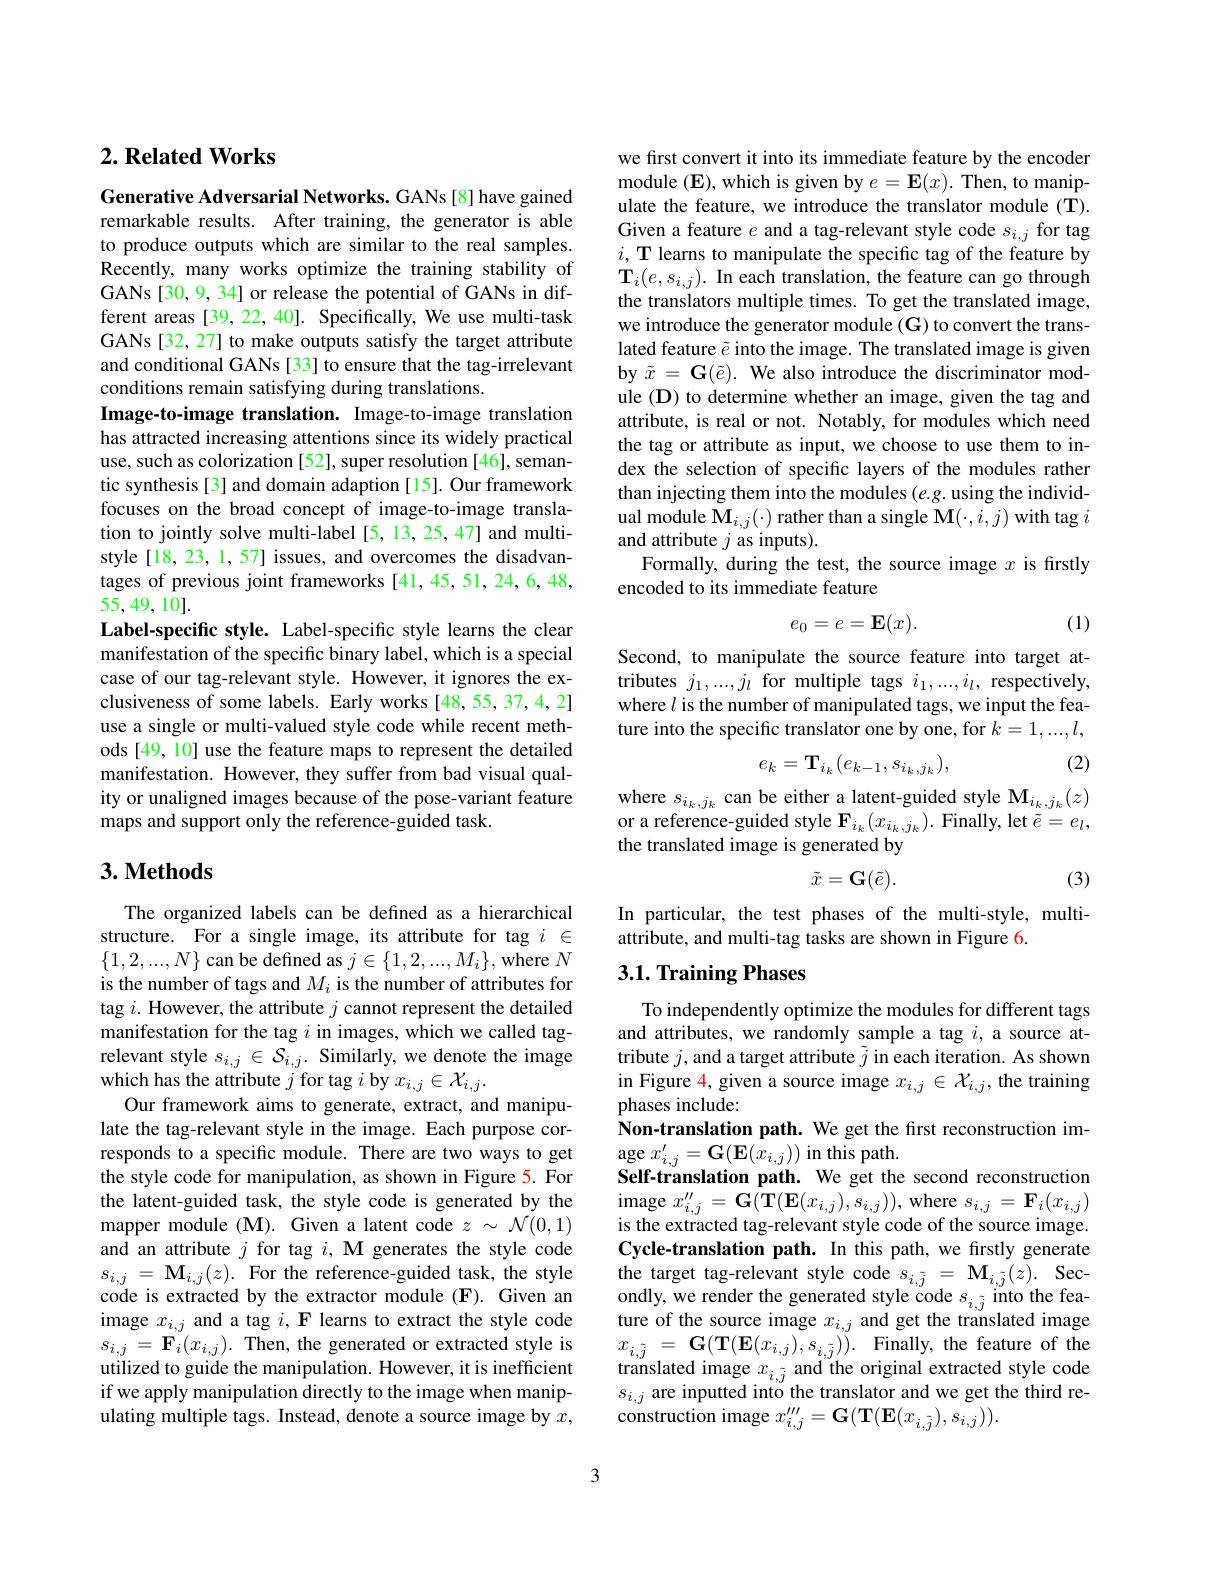
### $2. \textbf{Related Works}$

Generative Adversarial Networks. GANs [8] have gained remarkable results. After training, the generator is able to produce outputs which are similar to the real samples. Recently, many works optimize the training stability of GANs[30, 9, 34] or release the potential of GANs in different areas [39, 22, 40]. Specifically, We use multi-task GANs [32, 27] to make outputs satisfy the target attribute and conditional GANs [33] to ensure that the tag-irrelevant conditions remain satisfying during translations.
Image-to-image translation. Image-to-image translation has attracted increasing attentions since its widely practical use, such as colorization [52], super resolution [46], semantic synthesis[3] and domain adaption[15]. Our framework focuses on the broad concept of image-to-image translation to jointly solve multi-label [5,13,25,47] and multistyle [18,23,1,57] issues, and overcomes the disadvantages of previous joint frameworks [41,45,51,24,6,48, 55,49,10].
Label-specific style. Label-specific style learns the clear manifestation of the specific binary label, which is a special case of our tag-relevant style. However, it ignores the exclusiveness of some labels. Early works [48,55,37,4,2] use a single or multi-valued style code while recent methods [49, 10] use the feature maps to represent the detailed manifestation. However, they suffer from bad visual quality or unaligned images because of the pose-variant feature maps and support only the reference-guided task.

### $3. \textbf{Methods}$

The organized labels can be defined as a hierarchical structure. For a single image, its attribute for tag $i\in$ $\{1,2,...,N\}$ can be defined as $j\in\{1,2,...,M_i\}$, where $N$ is the number of tags and $M_i$ is the number of attributes for tag $i.$ However, the attribute $j$ cannot represent the detailed manifestation for the tag $i$ in images, which we called tagrelevant style $s_i,j\in\mathcal{S}_{i,j}.$ Similarly, we denote the image which has the attribute $j$ for tag $i$ by $x_i,j\in\mathcal{X}_i,j.$
Our framework aims to generate, extract, and manipulate the tag-relevant style in the image. Each purpose corresponds to a specific module. There are two ways to get the style code for manipulation, as shown in Figure 5. For the latent-guided task, the style code is generated by the mapper module (M). Given a latent code $z\sim\mathcal{N}(0,1)$ and an attribute $j$ for tag $i, \textbf{M generates the style code}$ $s_{i,j}=\mathbf{M}_{i,j}(z).$ For the reference-guided task, the style code is extracted by the extractor module (F). Given an image $x_{i,j}$ and a tag $i, \textbf{F learns to extract the style code}$ $s_{i,j}=\mathbf{F}_{i}(x_{i,j}).$Then, the generated or extracted style is utilized to guide the manipulation. However, it is inefficient if we apply manipulation directly to the image when manipulating multiple tags. Instead, denote a source image by $x$,

we first convert it into its immediate feature by the encoder module $(\mathbf{E})$,which is given by $e=\mathbf{E}(x).$ Then, to manipulate the feature, we introduce the translator module (T). Given a feature $e$ and a tag-relevant style code $s_{i,j}$ for tag $i, \textbf{T learns to manipulate the specific tag of the feature by}$ $\mathbf{T}_{i}(e,s_{i,j}).$ In each translation, the feature can go through the translators multiple times. To get the translated image, we introduce the generator module (G) to convert the translated feature $\tilde{e}$ into the image. The translated image is given by $\tilde{x}=\mathbf{G}(\tilde{e}).$ We also introduce the discriminator module (D) to determine whether an image, given the tag and attribute, is real or not. Notably, for modules which need the tag or attribute as input, we choose to use them to index the selection of specific layers of the modules rather than injecting them into the modules (e.g. using the individual module $\tilde{\mathbf{M}}_{i,j}(\cdot)$ rather than a single $\tilde{\mathbf{M}}(\cdot,i,j)$ with tag $i$ and attribute $j$ as inputs).
Formally, during the test, the source image $x$ is firstly
encoded to its immediate feature
$$e_0=e=\mathbf{E}(x).$$
(1)

Second, to manipulate the source feature into target attributes $j_1,...,j_l$ for multiple tags $i_1,...,i_l$, respectively, where $l$ is the number of manipulated tags, we input the feature into the specific translator one by one, for $k=1,...,l$,

(2)
$$e_k=\mathbf{T}_{i_k}(e_{k-1},s_{i_k,j_k}),$$
where $s_{i_k,j_k}$ can be either a latent-guided style M$_i_k,j_k(z)$ or a reference-guided style $\mathbf{F}_{i_k}(x_{i_k,j_k}).$ Finally, let $\tilde{e}=e_l$, the translated image is generated by
$$\tilde{x}=\mathbf{G}(\tilde{e}).$$
(3)

In particular, the test phases of the multi-style, multi-
attribute, and multi-tag tasks are shown in Figure 6.

## 3.1. Training Phases

To independently optimize the modules for different tags and attributes, we randomly sample a tag $i$, a source attribute $j$,and a target attribute $\tilde{j}$ in each iteration. As shown in Figure 4, given a source image $x_i,j\in\mathcal{X}_{i,j}$, the training phases include:
Non-translation path. We get the first reconstruction im-
$\operatorname { \mathrm{age~}x_{i, j}^{\prime }} = \mathbf{G} ( \mathbf{E} ( x_{i, j}) ) \operatorname { \mathrm{in~this~path. }}$
Self-translation path. We get the second reconstruction ${\mathrm{image~}x_{i,j}^{\prime\prime}=\mathbf{G}(\mathbf{T}(\mathbf{E}(x_{i,j}),s_{i,j})),\mathrm{~where~}s_{i,j}=\mathbf{F}_{i}(x_{i,j})}$ is the extracted tag-relevant style code of the source image. Cycle-translation path. In this path, we firstly generate the target tag-relevant style code $s_{i,\tilde{j}}=\mathbf{M}_{i,\tilde{j}}(z).$ Secondly, we render the generated style code $s_{i, j}$ into the fea- ture of the source image $x_{i, j}$ and get the translated image $x_{i, \tilde{j} }= \mathbf{G} ( \mathbf{T} ( \mathbf{E} ( x_{i, j}) , s_{i, \tilde{j} }) ) .$ Finally, the feature of the translated image $x_{i,\tilde{j}}$ and the original extracted style code $s_{i,j}$ are inputted into the translator and we get the third re- ${\mathrm{construction~image~}x_{i,j}^{\prime\prime\prime}}={\mathbf{G}}({\mathbf{T}}({\mathbf{E}}(x_{i,\tilde{j}}),s_{i,j})).$

3